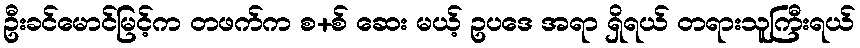
ဦးခင်မောင်မြင့်က တဖက်က စ+စ် ဆေး မယ့် ဥပဒေ အရာ ရှိရယ် တရားသူကြီးရယ်